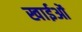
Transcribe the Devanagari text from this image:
खाईओं